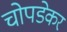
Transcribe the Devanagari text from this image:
चोपडेकर